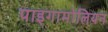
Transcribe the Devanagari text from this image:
पाइगामोलियन